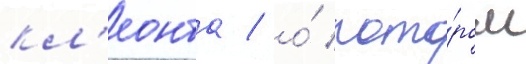
кл'еонта / о́ кото́ром